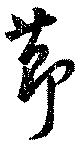
節